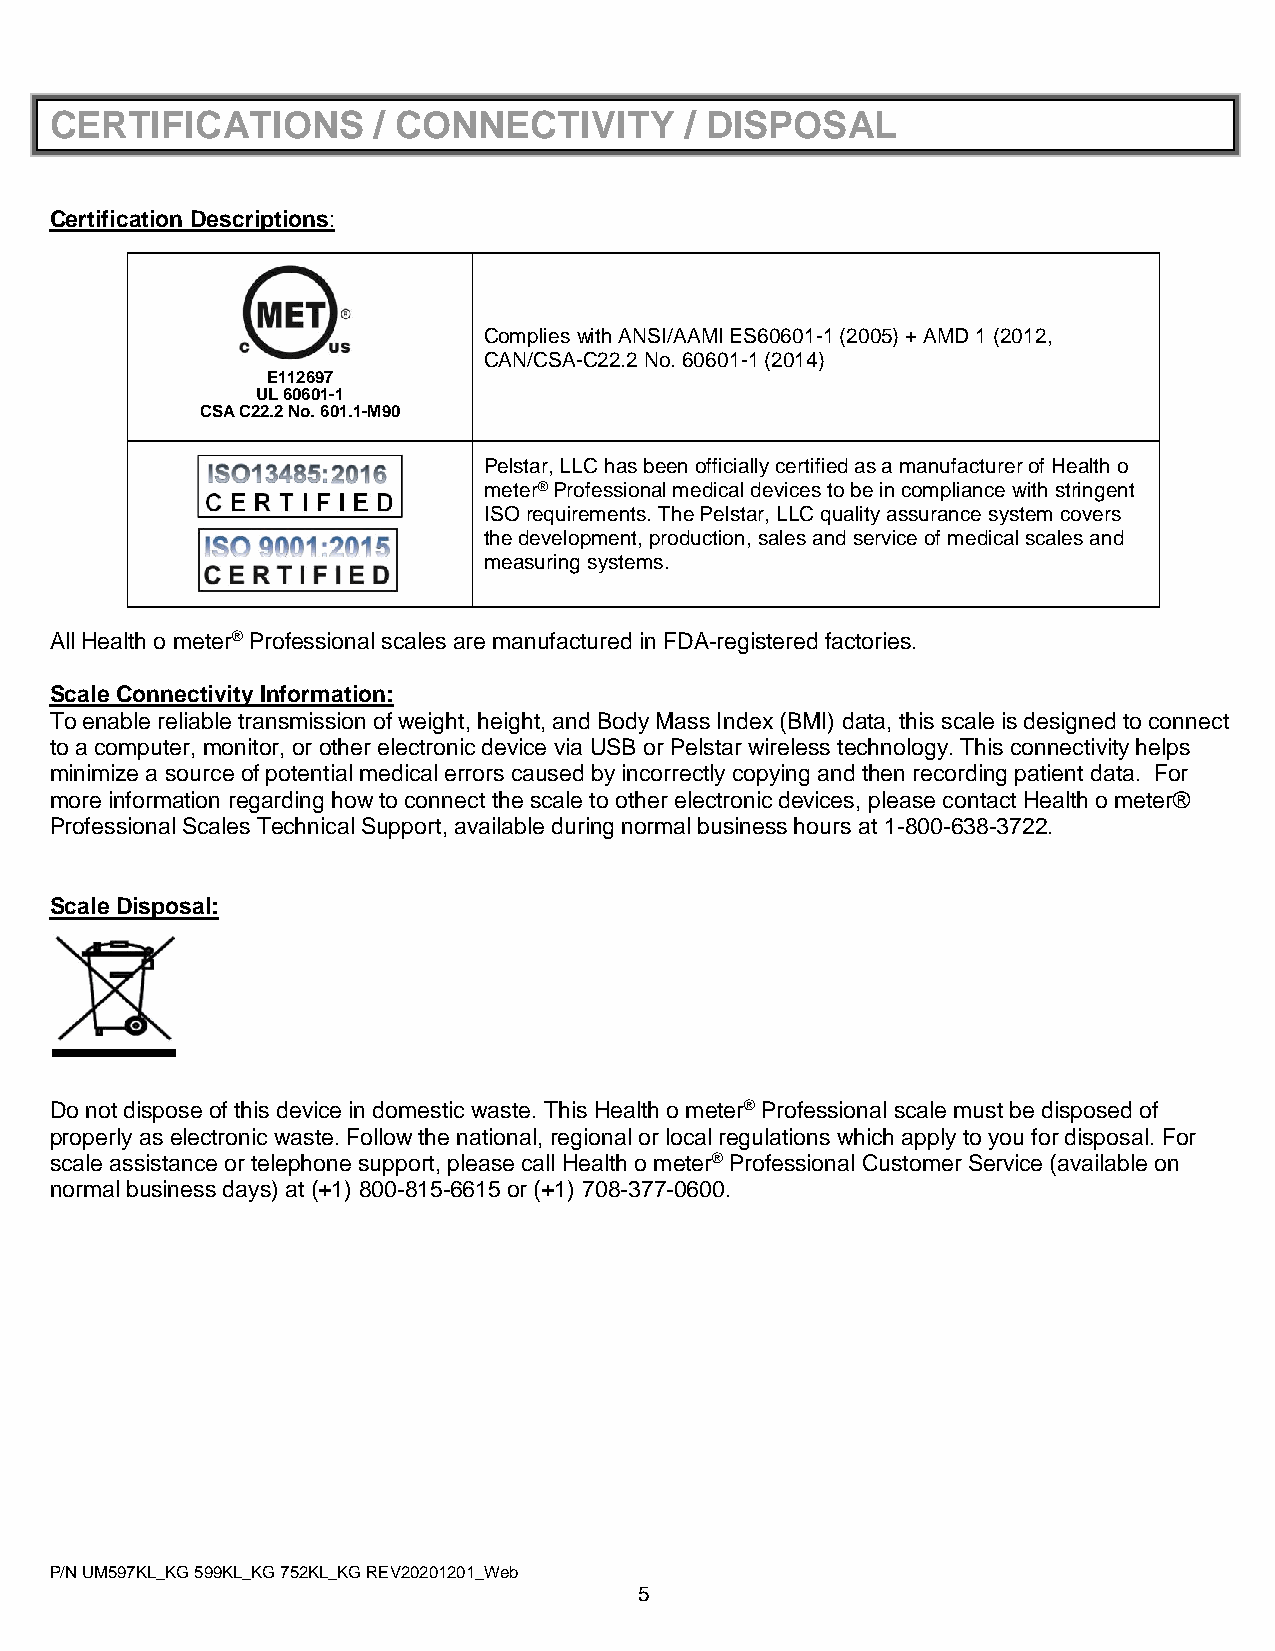
CERTIFICATIONS        / CONNECTIVITY      / DISPOSAL
 Certification Descriptions:
 Complies with ANSI/AAMI ES60601-1 (2005) + AMD 1 (2012,
 CAN/CSA-C22.2 No. 60601-1 (2014)
 E112697
 UL 60601-1
 CSA C22.2 No. 601.1-M90
 Pelstar, LLC has been officially certified as a manufacturer of Health o
 meter® Professional medical devices to be in compliance with stringent
 ISO requirements. The Pelstar, LLC quality assurance system covers
 the development, production, sales and service of medical scales and
 measuring systems.
 All Health o meter® Professional scales are manufactured in FDA-registered factories.
 Scale Connectivity Information:
 To enable reliable transmission of weight, height, and Body Mass Index (BMI) data, this scale is designed to connect
 to a computer, monitor, or other electronic device via USB or Pelstar wireless technology. This connectivity helps
 minimize a source of potential medical errors caused by incorrectly copying and then recording patient data. For
 more information regarding how to connect the scale to other electronic devices, please contact Health o meter®
 Professional Scales Technical Support, available during normal business hours at 1-800-638-3722.
 Scale Disposal:
 Do not dispose of this device in domestic waste. This Health o meter® Professional scale must be disposed of
 properly as electronic waste. Follow the national, regional or local regulations which apply to you for disposal. For
 scale assistance or telephone support, please call Health o meter® Professional Customer Service (available on
 normal business days) at (+1) 800-815-6615 or (+1) 708-377-0600.
 P/N UM597KL_KG 599KL_KG 752KL_KG REV20201201_Web
 5